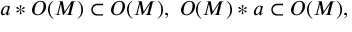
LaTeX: a * O ( M ) \subset O ( M ) , \, \, O ( M ) * a \subset O ( M ) ,